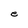
Character: e